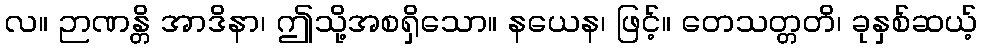
လ။ ဉာဏန္တိ အာဒိနာ၊ ဤသို့အစရှိသော။ နယေန၊ ဖြင့်။ တေသတ္တတိ၊ ခုနှစ်ဆယ့်